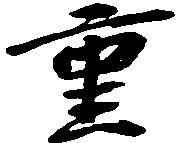
重